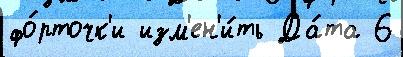
фо́рточк'и изм'ен'и́ть Да́та 6